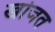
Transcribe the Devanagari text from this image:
खोजत